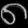
Digit: ၈